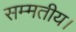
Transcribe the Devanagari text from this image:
सम्मतीय।